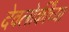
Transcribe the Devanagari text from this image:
देवलोकींच्या